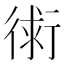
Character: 𧗷